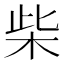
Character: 柴